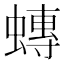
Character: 𧐕